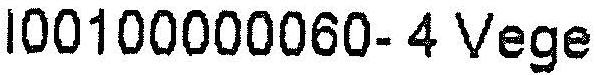
I00100000060- 4 VEGE